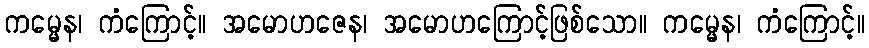
ကမ္မေန၊ ကံကြောင့်။ အမောဟဇေန၊ အမောဟကြောင့်ဖြစ်သော။ ကမ္မေန၊ ကံကြောင့်။